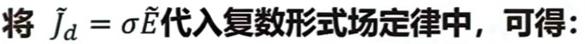
将 $\tilde{J}_d = \sigma \tilde{E}$ 代入复数形式场定律中，可得：